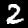
Label: 2